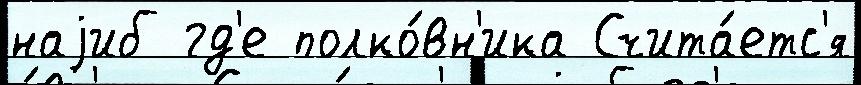
наjиб гд'е полко́вн'ика Счита́етс'я